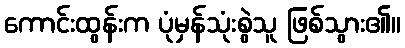
ကောင်းထွန်းက ပုံမှန်သုံးစွဲသူ ဖြစ်သွား၏။